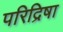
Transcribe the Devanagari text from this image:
परिद्रिषा